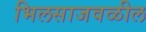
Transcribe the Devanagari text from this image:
भिलसाजवळील